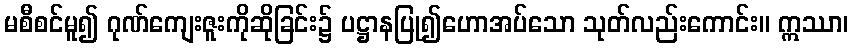
မစီစင်မူ၍ ဂုဏ်ကျေးဇူးကိုဆိုခြင်း၌ ပဋ္ဌာနပြု၍ဟောအပ်သော သုတ်လည်းကောင်း။ ဣဿာ၊